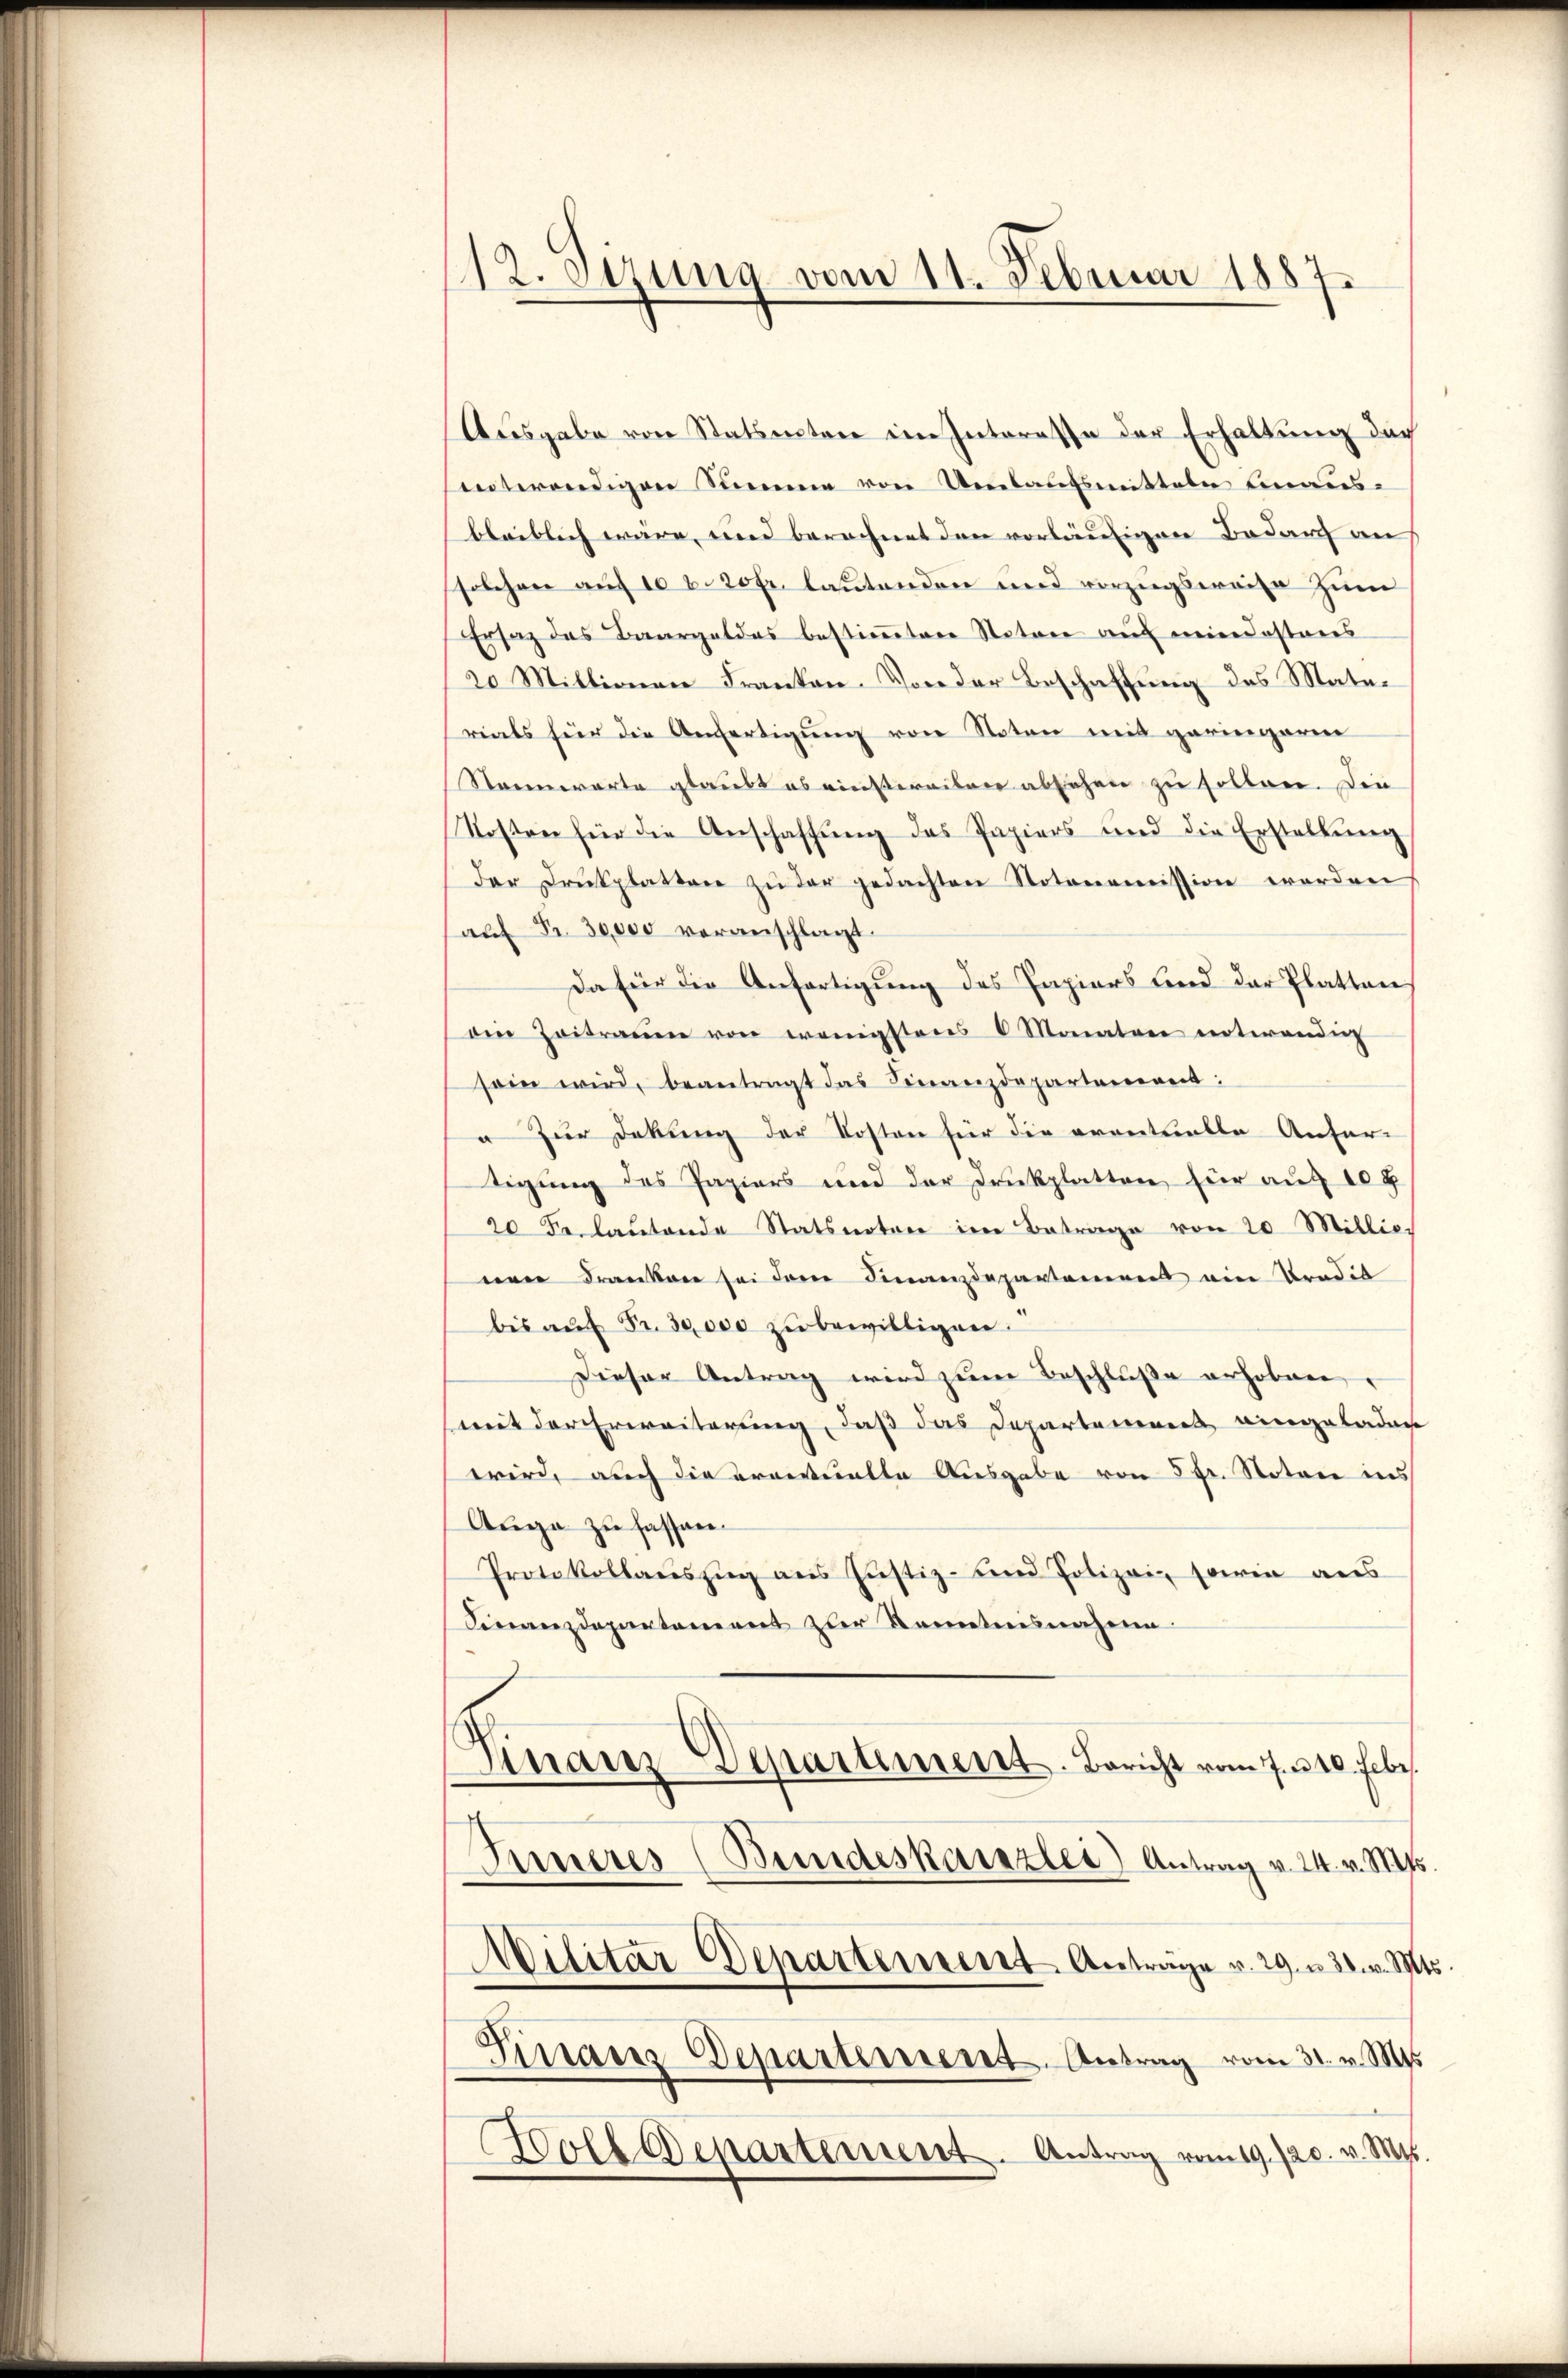
12. Sirung vom 11. Februar 1887.

Ausgabe von Statuenten im Interesse der Erhaltung dar
interendigen Summe von Umlaufsmitteln einaus-
bleiblich wäre, und berechnet den vorläufigen Bedarf an
solchere auf 10 v. 20fr. lautenden und vorzugsweise zum
Ersatz des Baargeldes bestimmten Notare auf mindesteres
20 Mittionen Franken. Von der Beschaffung des Materials für die Anfertigŭng von Noten mit geringere
Sannwarte glaubt es einstereiten absehen zu sollen. Die
Kosten für die Anschaffŭng des Papiers und die Erstellŭng
dar Drŭkplatten zŭ der gedachten Notonomission werden
aŭf Fr. 30,000 voranschlagt.
Da für die Anfertigung des Papiers und der Platten
ain Zeitraum von wenigstens 6 Monaten notwendig
sein wird, beantragt das Finanzdepartement:
 Zur Dekung der Kosten für die eventuelle Anfor-
tigung des Papiers und der Druckplatten, für auf 10 x
20 Fr. laŭtende Statsnotare im Betrage von 20 Millic.
eeren Franken sei der Finanzdepartament ein Tradik
bis aŭf Fr. 30,000 zu bewilligen.
Dieser Antrag wird zum Beschluße erhoben,
mit der Erweiterung, daß das Departement eingeladen
wird, auch die ereituntte Ausgabe von 5 fr. Notare ins
Auge zu fassen.
Protokollaŭszŭg ans Justiz- und Polizei- sowie ans
Finanzdepartement zur Kenntnisnahme.
d
Finanz
Departement. Bericht vom 7. 10. Febr.
Inneres (Bundeskanzlei Antrag v. 24. v. Mts.
ilitar Departement Anträge v. 29. u 31. v. Mts.
Finanz-Departement. Antrag vom 31. v. Mts.
Woll Departement. Antrag vom 19. 720. v. Mts.